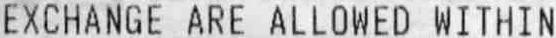
EXCHANGE ARE ALLOWED WITHIN